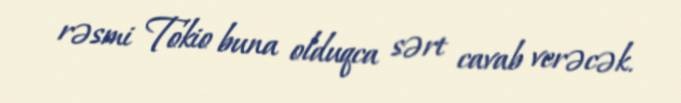
rəsmi Tokio buna olduqca sərt cavab verəcək.